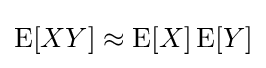
\operatorname {E} [XY]\approx \operatorname {E} [X]\operatorname {E} [Y]